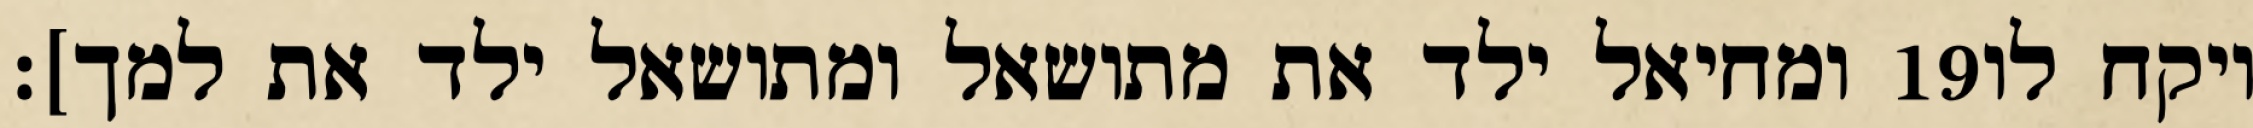
ומחיאל ילד את מתושאל ומתושאל ילד את למך]׃ ‎19‏ ויקח לו